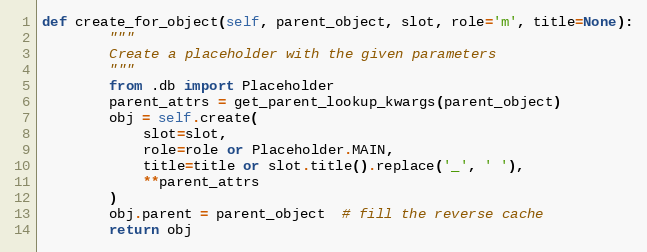
Language: Python
def create_for_object(self, parent_object, slot, role='m', title=None):
        """
        Create a placeholder with the given parameters
        """
        from .db import Placeholder
        parent_attrs = get_parent_lookup_kwargs(parent_object)
        obj = self.create(
            slot=slot,
            role=role or Placeholder.MAIN,
            title=title or slot.title().replace('_', ' '),
            **parent_attrs
        )
        obj.parent = parent_object  # fill the reverse cache
        return obj